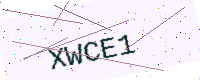
Text: XWCE1